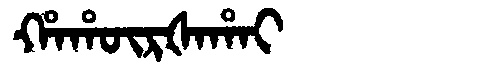
Manchu: ᡥᠠᡥᡡᡵᡧᠠᡥᠠᡳ
Romanization: HAHŪRŠAHAI